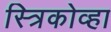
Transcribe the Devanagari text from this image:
स्त्रिकोव्हा